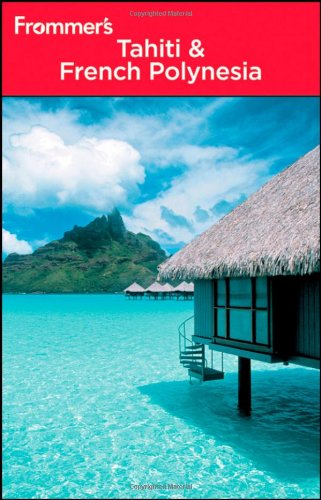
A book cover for Frommer's Tahiti and French Polynesia (Frommer's Complete Guides); Bill Goodwin; Travel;